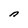
Character: n